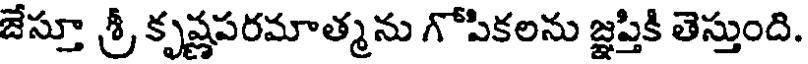
జేస్తూ శ్రీ కృష్ణపరమాత్మను గోపికలను జ్ఞప్తికి తెస్తుంది.